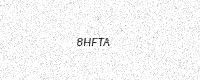
Text: 8HFTA